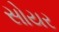
સોયર